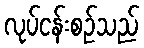
လုပ်ငန်းစဉ်သည်